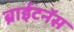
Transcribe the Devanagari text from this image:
ब्राईटनॅस